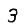
Digit: 3